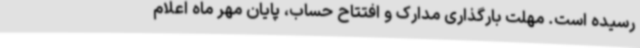
رسیده است. مهلت بارگذاری مدارک و افتتاح حساب، پایان مهر ماه اعلام